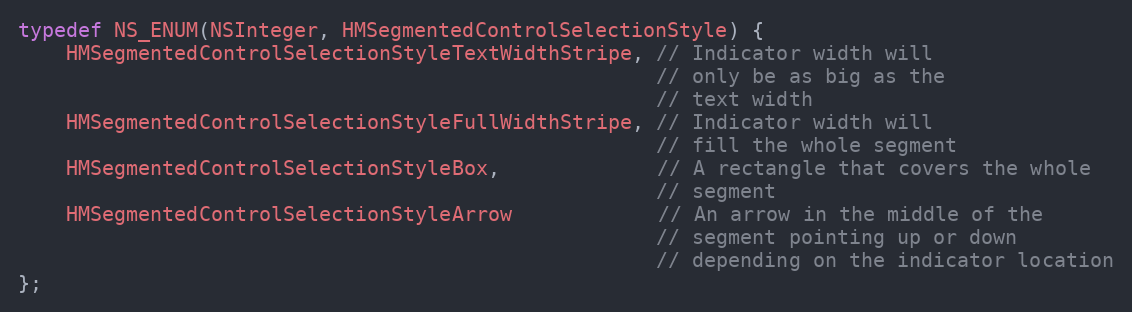
Language: C
typedef NS_ENUM(NSInteger, HMSegmentedControlSelectionStyle) {
    HMSegmentedControlSelectionStyleTextWidthStripe, // Indicator width will
                                                     // only be as big as the
                                                     // text width
    HMSegmentedControlSelectionStyleFullWidthStripe, // Indicator width will
                                                     // fill the whole segment
    HMSegmentedControlSelectionStyleBox,             // A rectangle that covers the whole
                                                     // segment
    HMSegmentedControlSelectionStyleArrow            // An arrow in the middle of the
                                                     // segment pointing up or down
                                                     // depending on the indicator location
};